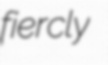
fiercly